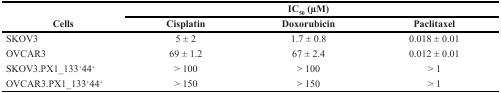
<table><thead><tr><td rowspan="2"><b>Cells</b></td><td colspan="3"><b>IC<sub>50</sub> (μM)</b></td></tr><tr><td><b>Cisplatin</b></td><td><b>Doxorubicin</b></td><td><b>Paclitaxel</b></td></tr></thead><tbody><tr><td>SKOV3</td><td>5 ± 2</td><td>1.7 ± 0.8</td><td>0.018 ± 0.01</td></tr><tr><td>OVCAR3</td><td>69 ± 1.2</td><td>67 ± 2.4</td><td>0.012 ± 0.01</td></tr><tr><td>SKOV3.PX1_133<sup>+</sup>44<sup>+</sup></td><td>&gt; 100</td><td>&gt; 100</td><td>&gt; 1</td></tr><tr><td>OVCAR3.PX1_133<sup>+</sup>44<sup>+</sup></td><td>&gt; 150</td><td>&gt; 150</td><td>&gt; 1</td></tr></tbody></table>